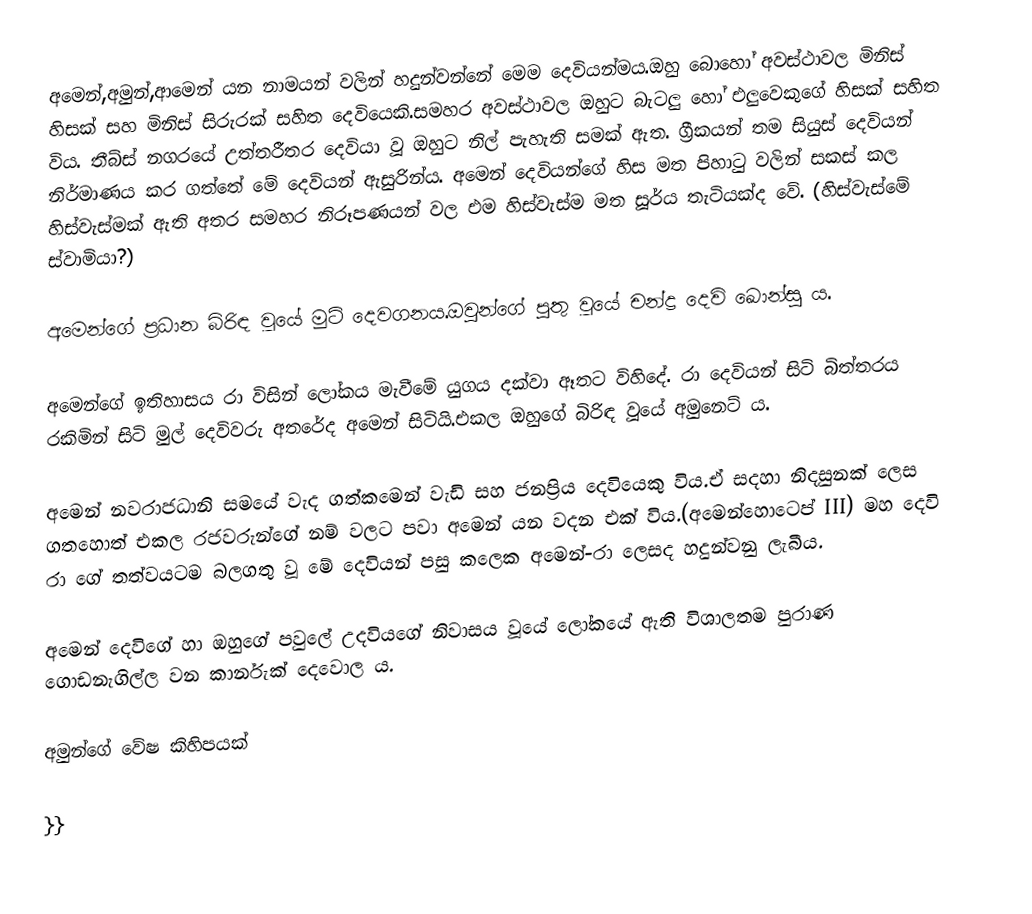
අමෙන්,අමුන්,ආමෙන්  යන නාමයන් වලින් හදුන්වන්නේ මෙම දෙවියන්මය.ඔහු බොහෝ අවස්ථාවල මිනිස් හිසක් සහ මිනිස් සිරුරක් සහිත දෙවියෙකි.සමහර අවස්ථාවල ඔහුට බැටලු හෝ එලුවෙකුගේ හිසක් සහිත විය. තීබ්ස් නගරයේ උත්තරීතර දෙවියා වූ ඔහුට නිල් පැහැති සමක් ඇත. ග්‍රීකයන් තම සියුස් දෙවියන් නිර්මාණය කර ගත්තේ මේ දෙවියන් ඇසුරින්ය. අමෙන් දෙවියන්ගේ හිස මත පිහාටු වලින් සකස් කල හිස්වැස්මක් ඇති අතර සමහර නිරූපණයන් වල එම හිස්වැස්ම මත සූර්ය තැටියක්ද වේ. (හිස්වැස්මේ ස්වාමියා?)

අමෙන්ගේ ප්‍රධාන බිරිඳ වූයේ මුට්  දෙවගනය.ඔවුන්ගේ පුතු වූයේ චන්ද්‍ර දෙවි ඛොන්සු ය.

අමෙන්ගේ ඉතිහාසය රා විසින් ලෝකය මැවීමේ යුගය දක්වා ඈතට විහිදේ. රා දෙවියන් සිටි බිත්තරය රකිමින් සිටි මුල් දෙවිවරු අතරේද අමෙන් සිටියි.එකල ඔහුගේ බිරිඳ වූයේ අමුනෙට් ය.  

අමෙන් නවරාජධානි සමයේ වැද ගත්කමෙන් වැඩි සහ ජනප්‍රිය දෙවියෙකු විය.ඒ සදහා නිදසුනක් ලෙස ගතහොත් එකල රජවරුන්ගේ නම් වලට පවා අමෙන් යන වදන එක් විය.(අමෙන්හොටෙප් III) මහ දෙවි රා ගේ තත්වයටම බලගතු වූ මේ දෙවියන් පසු කලෙක අමෙන්-රා ලෙසද හදුන්වනු ලැබීය.

අමෙන් දෙවිගේ හා ඔහුගේ පවුලේ උදවියගේ නිවාසය වූයේ ලෝකයේ ඇති විශාලතම පුරාණ ගොඩනැගිල්ල වන කාර්නැක් දෙවොල ය.

අමුන්ගේ වේෂ කිහිපයක්

}}